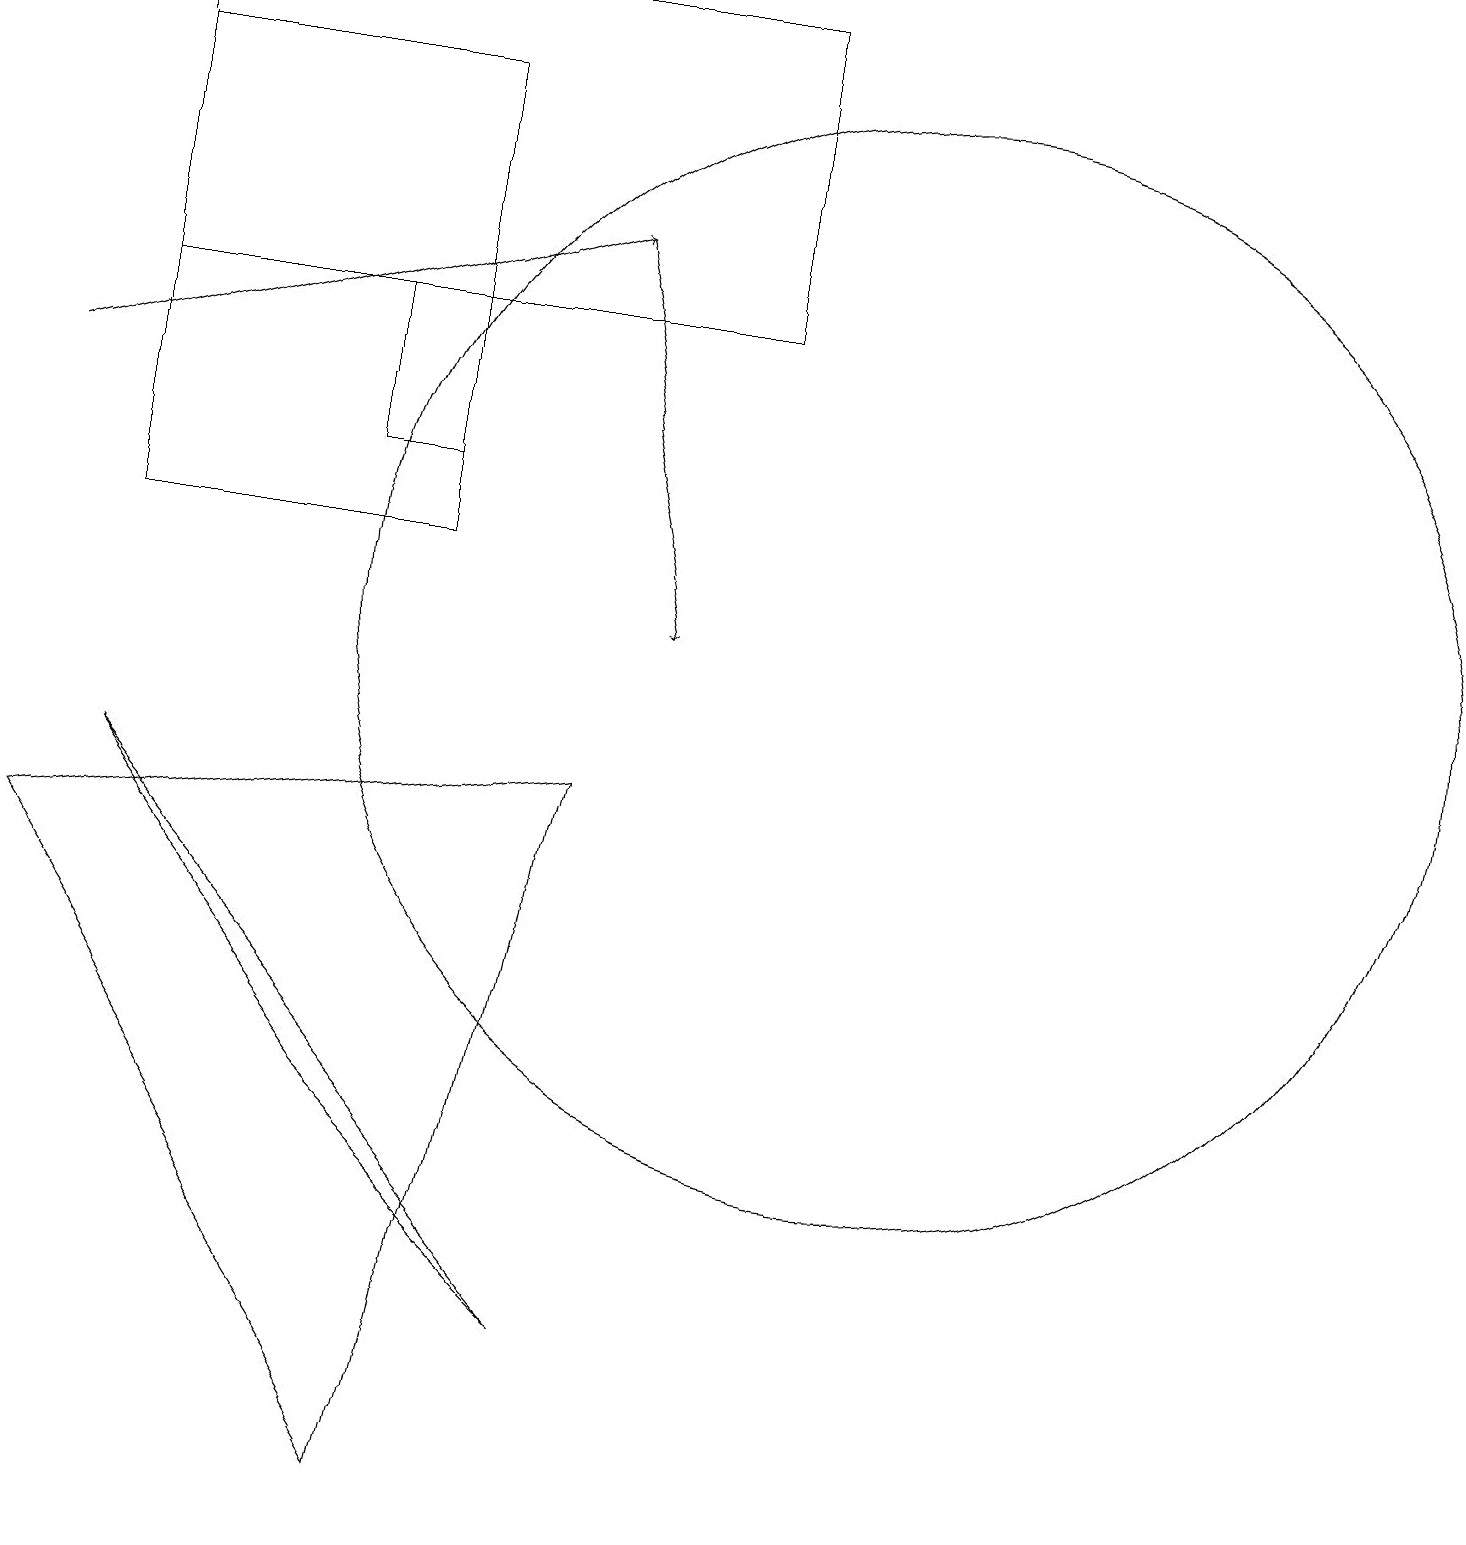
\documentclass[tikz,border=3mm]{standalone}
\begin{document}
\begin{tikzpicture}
\draw (0,8) -- (7,9) -- (5,0) -- cycle;
\draw (5,15) rectangle (4,13);
\draw[->] (7,16) -- (8,11);
\draw[->] (0,14) -- (7,16);
\draw (11,11) circle (7);
\draw (7,2) -- (4,5) -- (1,9) -- cycle;
\draw (1,15) rectangle (9,19);
\draw (5,18) rectangle (1,12);
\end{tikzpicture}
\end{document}